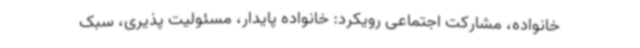
خانواده، مشارکت اجتماعی رویکرد: خانواده پایدار، مسئولیت پذیری، سبک